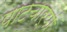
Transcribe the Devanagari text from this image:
पाटचार्‍यां